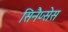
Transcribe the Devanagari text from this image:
सिनैप्सेस